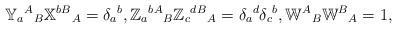
LaTeX: \begin{align*}{\mathbb Y}_a{}^{A}{}_{B}{\mathbb X}^b{}^B{}_{A}=\delta_a{}^{b},{\mathbb Z}_a{}^{b}{}^A{}_{B}{\mathbb Z}_c{}^{d}{}^B{}_{A}=\delta_a{}^{d}\delta_c{}^{b},{\mathbb W}^{A}{}_{B}{\mathbb W}^{B}{}_{A}=1,\end{align*}